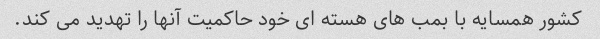
کشور همسایه با بمب های هسته ای خود حاکمیت آنها را تهدید می کند.